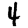
Digit: 4